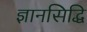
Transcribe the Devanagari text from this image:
ज्ञानसिद्धि